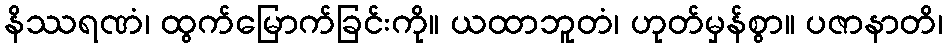
နိဿရဏံ၊ ထွက်မြောက်ခြင်းကို။ ယထာဘူတံ၊ ဟုတ်မှန်စွာ။ ပဇာနာတိ၊